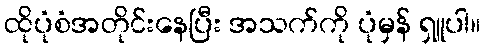
ထိုပုံစံအတိုင်းနေပြီး အသက်ကို ပုံမှန် ရှူပါ။